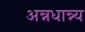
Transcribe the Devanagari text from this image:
अन्नधान्न्य